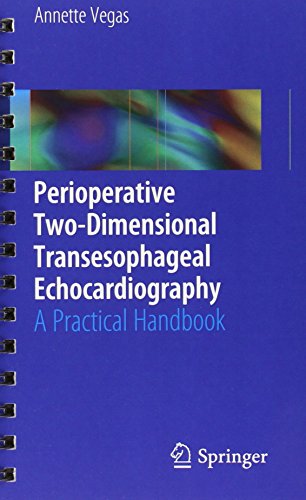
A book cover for Perioperative Two-Dimensional Transesophageal Echocardiography: A Practical Handbook; Annette Vegas; Medical Books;